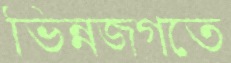
ভিন্নজগতে